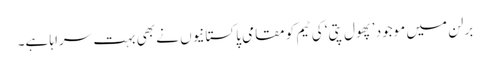
برلن میں موجود ’پھول پتی‘ کی ٹیم کو مقامی پاکستانیوں نے بھی بہت سراہا ہے۔